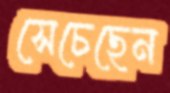
সেচেছেন